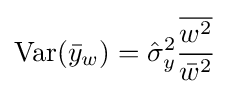
\operatorname {Var} ({\bar {y}}_{w})={\hat {\sigma }}_{y}^{2}{\frac {\overline {w^{2}}}{{\bar {w}}^{2}}}